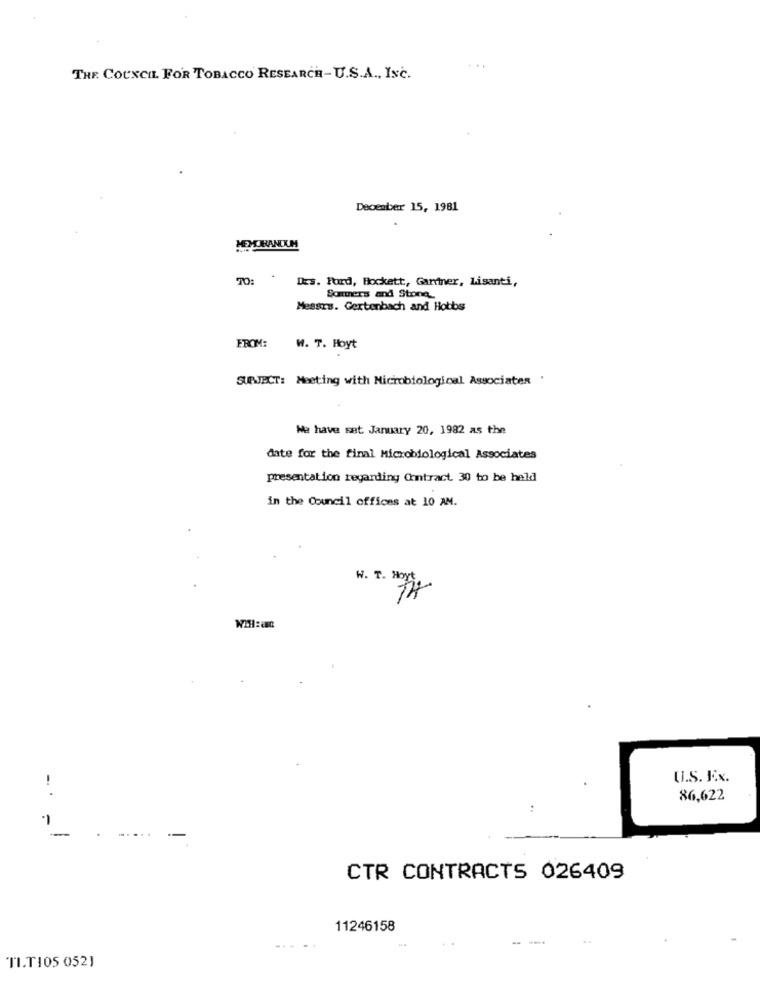
...
THE COUNCIL FOR TOBACCO RESEARCH-U.S.A ., INC.
December 15, 1981
TO:
Des. Ford, Hockett, Gardner, Lisanti,
Sommers and Stone
Messrs. Gextenbach and Hobbs
FROM:
W. T. Hoyt
SUBJECT: Meeting with Microbiological Associates .
We have set January 20, 1982 as the
date for the final Microbiological Associates
presentation regarding Contract. 30 to be held
in the Council offices at 10 AM.
W. T. Hort.
U.S. Ex.
86,622
:
-
...
-
CTR CONTRACTS 026409
11246158
TIT105 0521